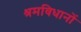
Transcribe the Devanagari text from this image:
श्रमविधानों